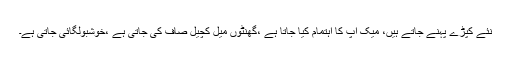
نئے کپڑے پہنے جاتے ہیں، میک اپ کا اہتمام کیا جاتا ہے ،گھنٹوں میل کچیل صاف کی جاتی ہے ،خوشبولگائی جاتی ہے۔